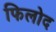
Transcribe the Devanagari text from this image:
फिलोद